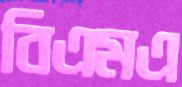
বিএমএ